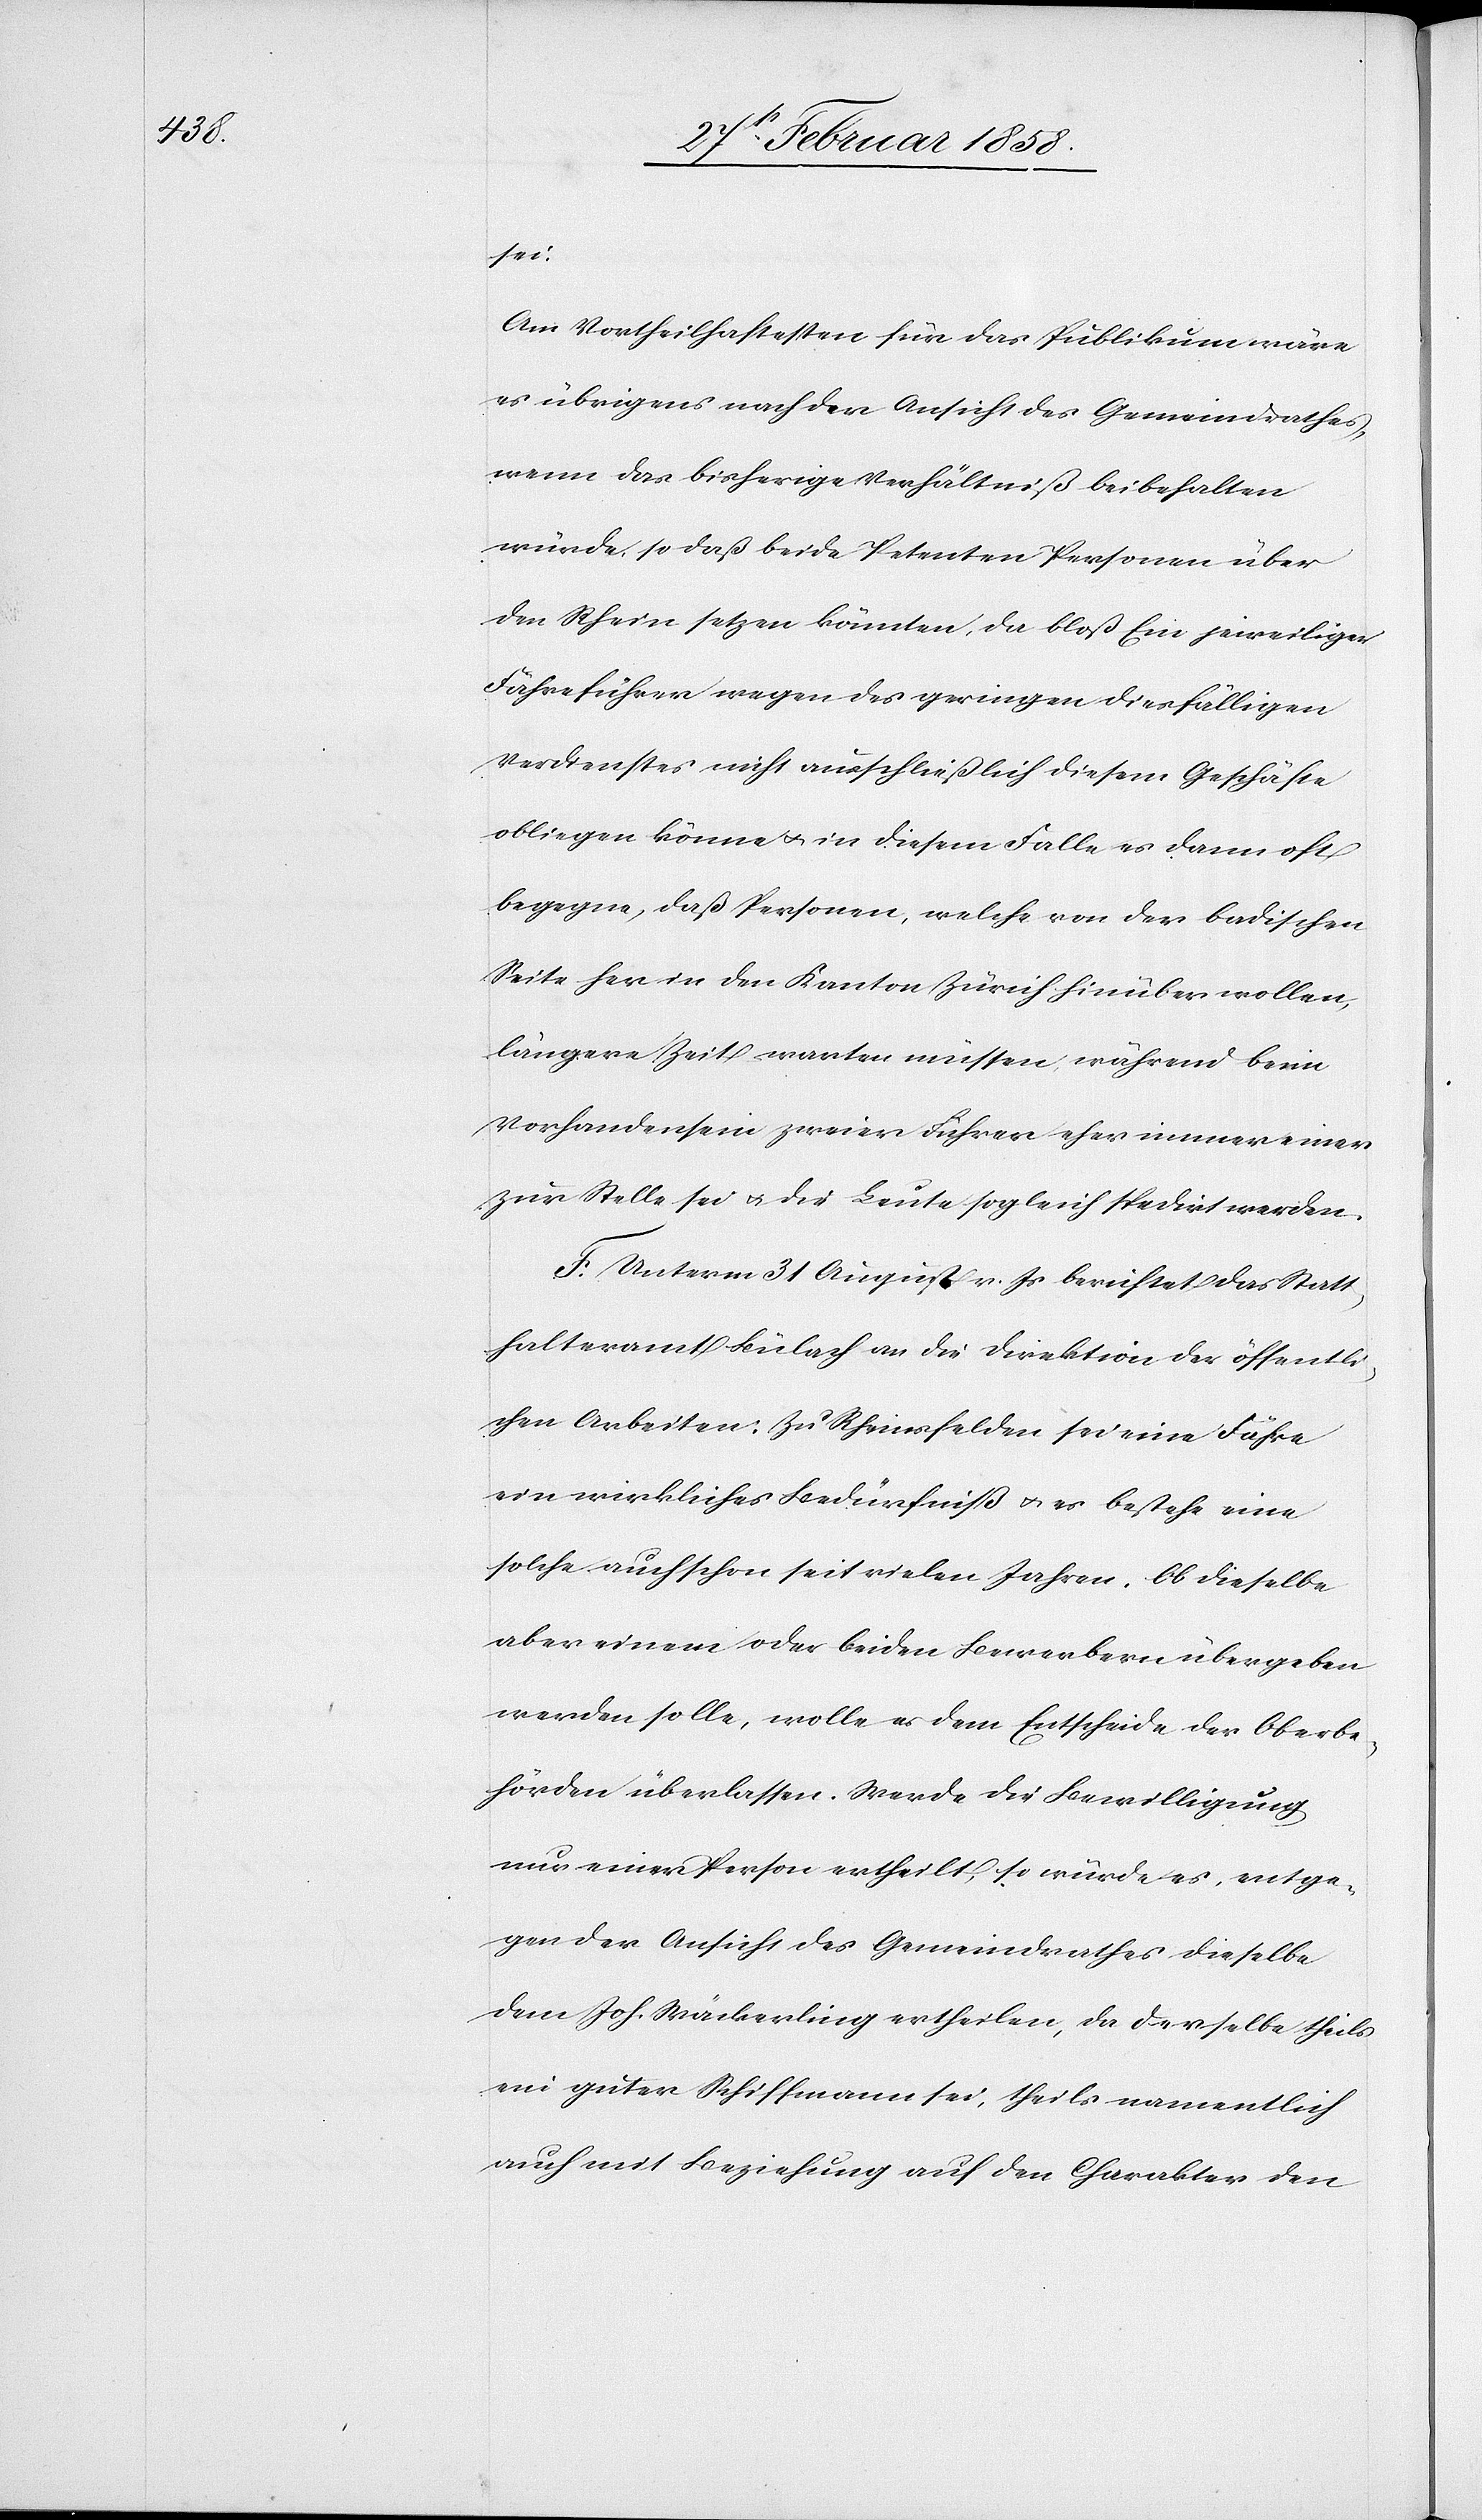
sei.
Am Vortheilhaftesten für das Publikum wäre
es übrigens nach der Ansicht des Gemeindrathes,
wenn das bisherige Verhältniß beibehalten
würde, so daß beide Petenten Personen über
den Rhein setzen könnten, da bloß Ein jeweiliger
Fähreführer wegen des geringen diesfälligen
Verdienstes nicht ausschlieslich diesem Geschäfte
obliegen könne u. in diesem Falle es dann oft
begegne, daß Personen, welche von der badischen
Seite her in den Kanton Zürich hinüber wollen,
längere Zeit warten müssen, während beim
Vorhandensein zweier Fährer eher immer einer
zur Stelle sei u. die Leute sogleich spedirt werden.
F. Unterm 31 August v. Js. berichtet das Statt¬
halteramt Bülach an die Direktion der öffentli¬
chen Arbeiten: Zu Rheinsfelden sei eine Fähre
ein wirkliches Bedürfniß u. es bestehe eine
solche auch schon seit vielen Jahren. Ob dieselbe
aber einem oder beiden Bewerbern übergeben
werden solle, wolle es dem Entscheide der Oberbe¬
hörden überlassen. Werde die Bewilligung
nur einer Person ertheilt, so würde es, entge¬
gen der Ansicht des Gemeindrathes dieselbe
dem Joh. Wäckerling ertheilen, da derselbe theils
ein guter Schiffmann sei, theils namentlich
auch mit Beziehung auf den Charakter den